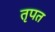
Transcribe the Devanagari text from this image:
तृपत